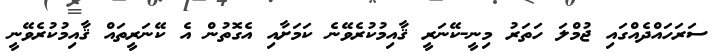
ސަރަހައްދެއްގައި ޖުމްލަ ހަތަރު މިނީ-ކޭނަރީ ޤާއިމުކުރެވޭނެ ކަމަށާއި އެގޮތުން އެ ކޭނަރީތައް ޤާއިމުކުރެވޭނީ